Annual vaccination report of Bihar and Orissa - 1911-1928
Year: 1911
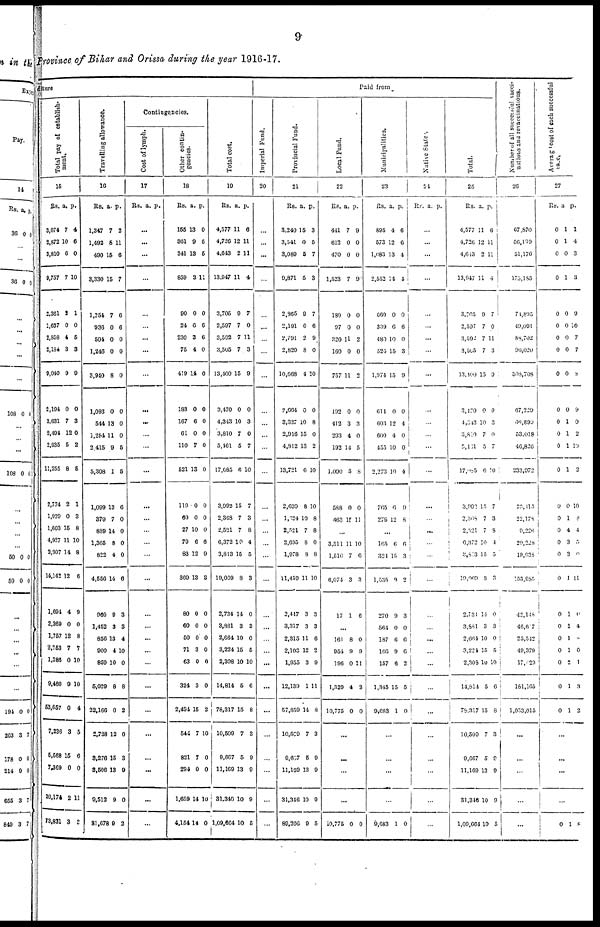
9
Province of Bihar and Orissa during the year 1916-17.
ditture
Total pay of establish-
ment.
15
Rs.
3,074
2,872
3,810
9,757
2,361
1,637
2,858
2,184
9,040
2,194
3,631
2,494
2,935
11,255
2,774
1,929
1,603
4,927
2,907
14,142
1,694
2,369
1,757
2,253
1,385
9,460
53,657
7,236
5,568
7,369
20,174
73,831
a.
7
10
6
7
2
0
4
3
9
0
7
12
5
8
2
0
15
11
14
12
4
0
12
7
0
9
0
3
15
0
2
3
p.
4
6
0
10
1
0
5
3
9
0
3
0
2
5
1
3
8
10
8
6
9
0
8
7
10
10
4
5
6
0
11
3
Travelling allowance.
16
Rs.
1,347
1,492
490
3,330
1,254
936
504
1,246
3,940
1,093
544
1,254
2,415
5,308
1,099
379
889
1,365
822
4,556
960
1,452
856
900
859
5,029
22,166
2,728
3,276
3,506
9,512
81,678
a.
7
8
15
15
7
0
0
0
8
0
13
11
9
1
13
7
14
8
4
14
9
3
13
4
10
8
0
12
15
13
9
9
p.
...
11
6
7
6
6
0
0
0
0
0
0
5
5
6
0
0
0
0
6
3
3
4
10
0
8
2
0
3
9
0
2
Contingencies.
Cost of lymph.
17
Rs. a. p.
...
...
...
...
...
...
...
...
...
...
...
...
...
...
...
...
...
...
...
...
...
...
...
...
...
...
...
...
...
...
...
...
Other contin-
gencies.
18
Rs.
155
361
341
859
90
24
230
75
419
183
167
61
110
521
119
60
27
79
83
369
80
60
50
71
63
324
2,494
544
821
294
1,659
4,154
a.
13
9
13
3
0
6
3
4
14
0
6
0
7
13
0
0
10
6
12
13
0
0
0
3
0
3
15
7
7
0
14
14
p.
0
6
5
11
0
6
6
0
0
0
0
0
0
0
0
0
0
6
9
3
0
0
0
0
0
0
2
10
0
0
10
0
Total cost.
19
Rs.
4,577
4,726
4,643
13,947
3,705
2,597
3,592
3,505
13,400
3,470
4,343
3,810
5,461
17,085
3,992
2,368
2,521
6,372
3,813
19,069
2,734
3,881
2,664
3,224
2,308
14,814
78,317
10,509
9,667
11,169
31,346
1,09,664
a.
11
12
2
11
9
7
7
7
15
0
10
7
5
6
15
7
7
10
15
8
14
3
10
15
10
5
15
7
5
13
10
10
p.
6
11
11
4
7
0
11
3
9
0
3
0
7
10
7
3
8
4
5
3
0
3
0
5
10
6
8
3
9
9
9
5
Paid from
Imperial Fund.
20
...
...
...
...
...
...
...
...
...
...
...
...
...
...
...
...
...
...
...
...
...
...
...
...
...
...
...
...
...
...
...
...
Provincial Fund.
21
Rs.
3,240
3,541
3,089
9,871
2,865
2,191
2,791
2,820
10,668
2,664
3,327
2,916
4,812
13,721
2,639
1,624
2,521
2,695
1,978
11,459
2,447
3,317
2,315
2,103
1,955
12,139
57,859
10,509
9,607
11,169
31,346
89,206
a.
15
0
5
5
9
0
2
8
4
0
10
15
13
6
8
10
7
8
8
11
3
3
11
12
3
1
14
7
5
13
10
9
p.
3
5
7
3
7
6
9
0
10
0
8
0
2
10
10
8
8
0
8
10
3
3
6
2
9
11
3
3
9
9
9
5
Local Fund.
22
Rs.
441
612
470
1,523
180
97
320
160
757
192
412
203
192
1,090
588
463
a.
7
0
0
7
0
0
11
0
11
0
3
4
14
5
0
15
p.
9
0
0
9
0
0
2
0
2
0
3
0
5
8
0
11
...
3,511
1,510
6,074
17
11
7
3
1
10
6
3
6
...
161
954
196
1,329
10,775
8
9
0
4
0
0
9
11
2
0
...
...
...
...
10,775 0 0
Municipalities.
23
Rs.
895
573
1,083
2,552
660
309
480
524
1,974
614
603
600
455
2 273
765
279
a.
4
12
13
14
0
6
10
15
15
0
12
4
10
10
6
12
p.
6
6
4
4
0
6
0
3
9
0
4
0
0
4
9
8
...
165
324
1,535
270
564
187
166
157
1,345
9,683
6
15
9
9
0
6
9
6
15
1
6
3
2
3
0
6
6
2
5
0
...
...
...
...
9,683 1 0
Native State.
24
Rs. a. p.
...
...
...
...
...
...
...
...
...
...
...
...
...
...
...
...
...
...
...
...
...
...
...
...
...
...
...
...
...
...
...
...
Total.
25
Rs.
4,577
4,726
4,643
13,947
3,705
2,597
3,592
3,505
13,100
3,470
4,343
3,810
5,101
17,085
3,992
2,368
2,521
6,372
3,813
19,069
2,731
3,881
2,664
3,224
2,308
14,814
78,317
10,509
9,667
11,169
31,346
1,09,664
a.
11
12
2
11
9
7
7
7
15
0
10
7
5
6
15
7
7
10
15
8
14
3
10
15
10
5
15
7
5
13
10
10
p.
6
11
11
4
7
0
11
3
9
0
3
0
7
10
7
3
8
4
5
3
0
3
0
5
10
6
8
3
9
9
9
5
Number of all successful vacci¬
nations and revaccinations.
26
67,870
56,139
51,176
175,185
71,895
49,091
88,702
96,020
308,708
67,229
66,899
53,018
40,826
233,972
73,415
22,178
9,226
29,228
19,938
153,985
42,148
46,617
25,542
49,379
17,729
181,165
1,053,015
...
...
...
...
...
Average cost of each successful
case.
27
Rs.
0
0
0
0
0
0
0
0
0
0
0
0
0
0
0
0
0
0
0
0
0
0
0
0
0
0
0
a.
1
1
0
1
0
0
0
0
0
0
1
1
1
1
0
1
4
3
3
1
1
1
1
1
2
1
1
p.
1
4
3
3
9
10
7
7
3
9
0
2
10
2
10
8
4
5
0
11
0
4
8
0
1
3
2
...
...
...
...
0 1 8